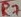
Text: R7